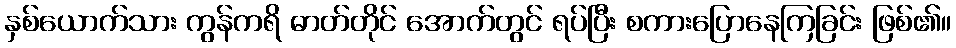
နှစ်ယောက်သား ကွန်ကရိ ဓာတ်တိုင် အောက်တွင် ရပ်ပြီး စကားပြောနေကြခြင်း ဖြစ်၏။